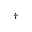
^ \dagger